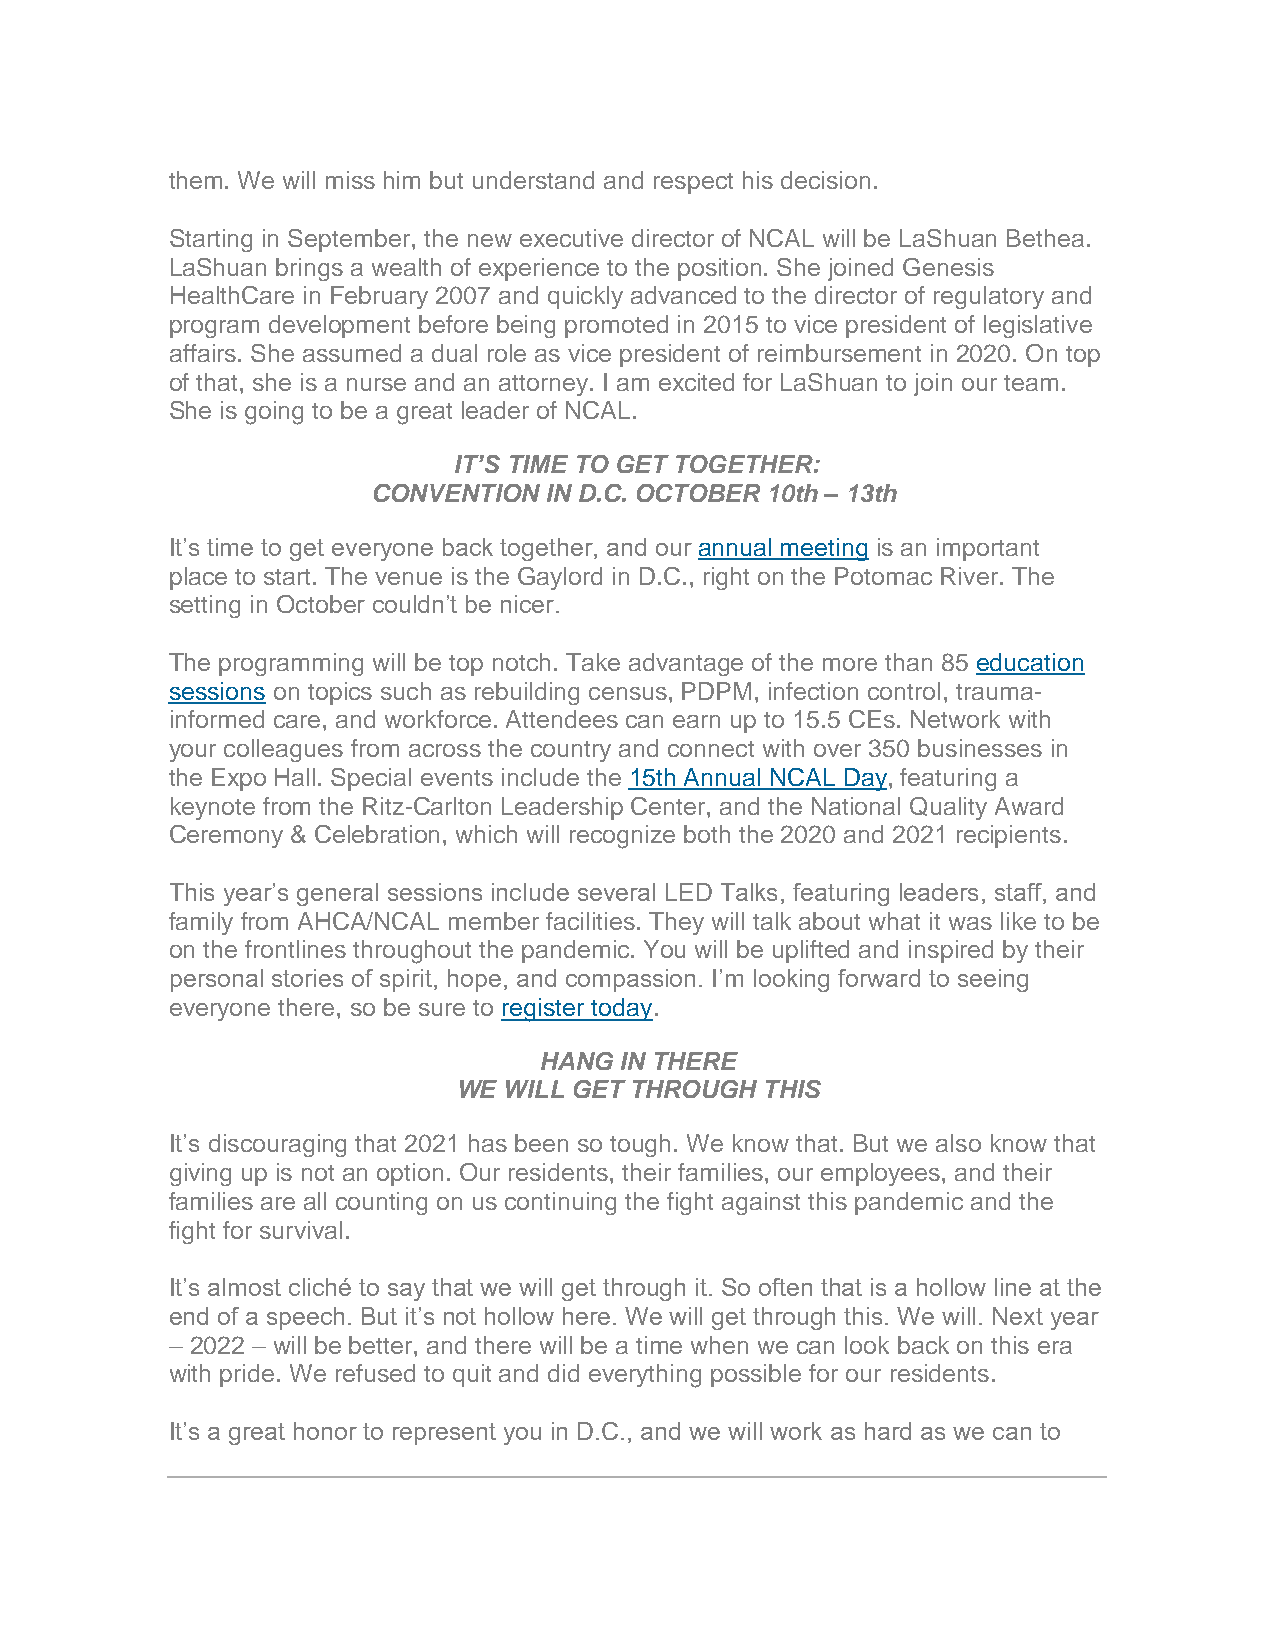
them. We will miss him but understand and respect his decision.
 Starting in September, the new executive director of NCAL will be LaShuan Bethea.
 LaShuan brings a wealth of experience to the position. She joined Genesis
 HealthCare in February 2007 and quickly advanced to the director of regulatory and
 program development before being promoted in 2015 to vice president of legislative
 affairs. She assumed a dual role as vice president of reimbursement in 2020. On top
 of that, she is a nurse and an attorney. I am excited for LaShuan to join our team.
 She is going to be a great leader of NCAL.
 IT’S TIME TO GET TOGETHER:
 CONVENTION IN D.C. OCTOBER 10th – 13th
 It’s time to get everyone back together, and our annual meeting is an important
 place to start. The venue is the Gaylord in D.C., right on the Potomac River. The
 setting in October couldn’t be nicer.
 The programming will be top notch. Take advantage of the more than 85 education
 sessions on topics such as rebuilding census, PDPM, infection control, trauma-
 informed care, and workforce. Attendees can earn up to 15.5 CEs. Network with
 your colleagues from across the country and connect with over 350 businesses in
 the Expo Hall. Special events include the 15th Annual NCAL Day, featuring a
 keynote from the Ritz-Carlton Leadership Center, and the National Quality Award
 Ceremony & Celebration, which will recognize both the 2020 and 2021 recipients.
 This year’s general sessions include several LED Talks, featuring leaders, staff, and
 family from AHCA/NCAL member facilities. They will talk about what it was like to be
 on the frontlines throughout the pandemic. You will be uplifted and inspired by their
 personal stories of spirit, hope, and compassion. I’m looking forward to seeing
 everyone there, so be sure to register today.
 HANG IN THERE
 WE WILL GET THROUGH THIS
 It’s discouraging that 2021 has been so tough. We know that. But we also know that
 giving up is not an option. Our residents, their families, our employees, and their
 families are all counting on us continuing the fight against this pandemic and the
 fight for survival.
 It’s almost cliché to say that we will get through it. So often that is a hollow line at the
 end of a speech. But it’s not hollow here. We will get through this. We will. Next year
 – 2022 – will be better, and there will be a time when we can look back on this era
 with pride. We refused to quit and did everything possible for our residents.
 It’s a great honor to represent you in D.C., and we will work as hard as we can to